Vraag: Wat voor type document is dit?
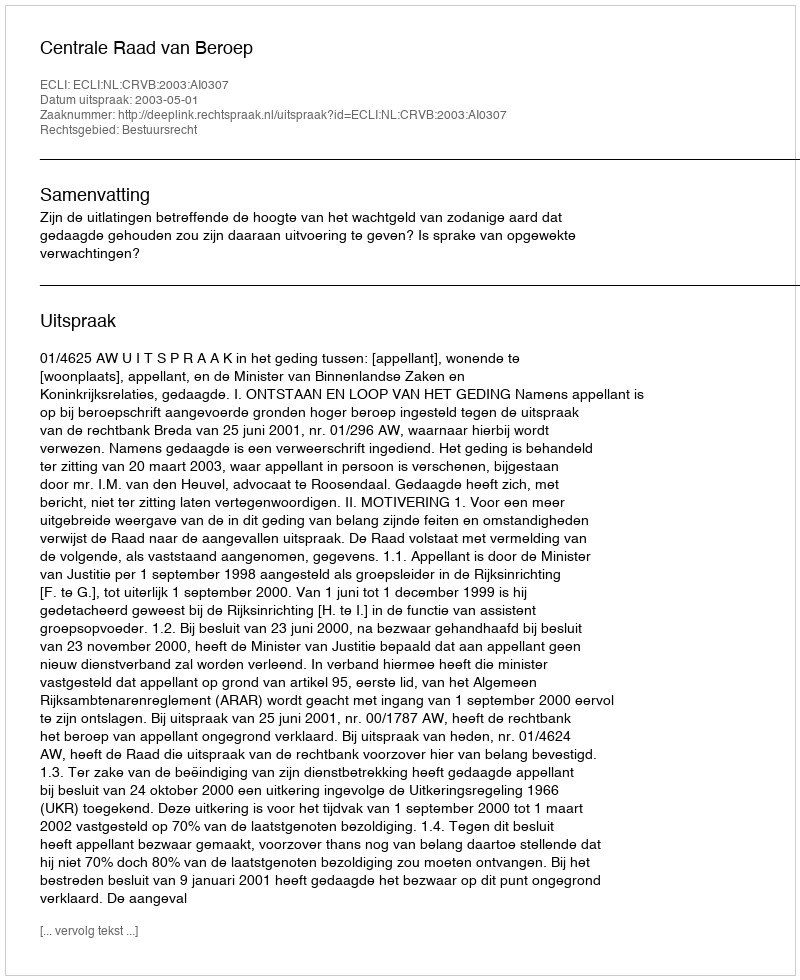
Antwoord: Uitspraak